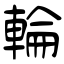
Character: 輪